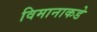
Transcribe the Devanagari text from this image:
विमानाकडे